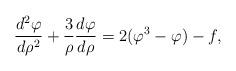
LaTeX: \begin{align*}{d^2\varphi \over d\rho^2}+ {3 \over \rho} {d\varphi \over d\rho} = 2(\varphi^3-\varphi)-f , \end{align*}